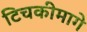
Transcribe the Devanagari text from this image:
टिचकीमागे